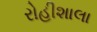
રોહીશાલા